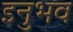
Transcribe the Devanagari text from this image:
इनुभव